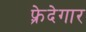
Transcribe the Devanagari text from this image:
फ़्रेदेगार